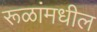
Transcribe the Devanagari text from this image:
रूळांमधील